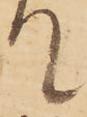
て